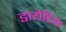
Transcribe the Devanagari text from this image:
डायेटिक